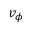
v _ { \phi }